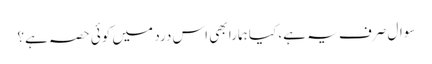
سوال صرف یہ ہے، کیا ہمارا بھی اس درد میں کوئی حصہ ہے؟